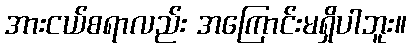
အားငယ်စရာလည်း အကြောင်းမရှိပါဘူး။